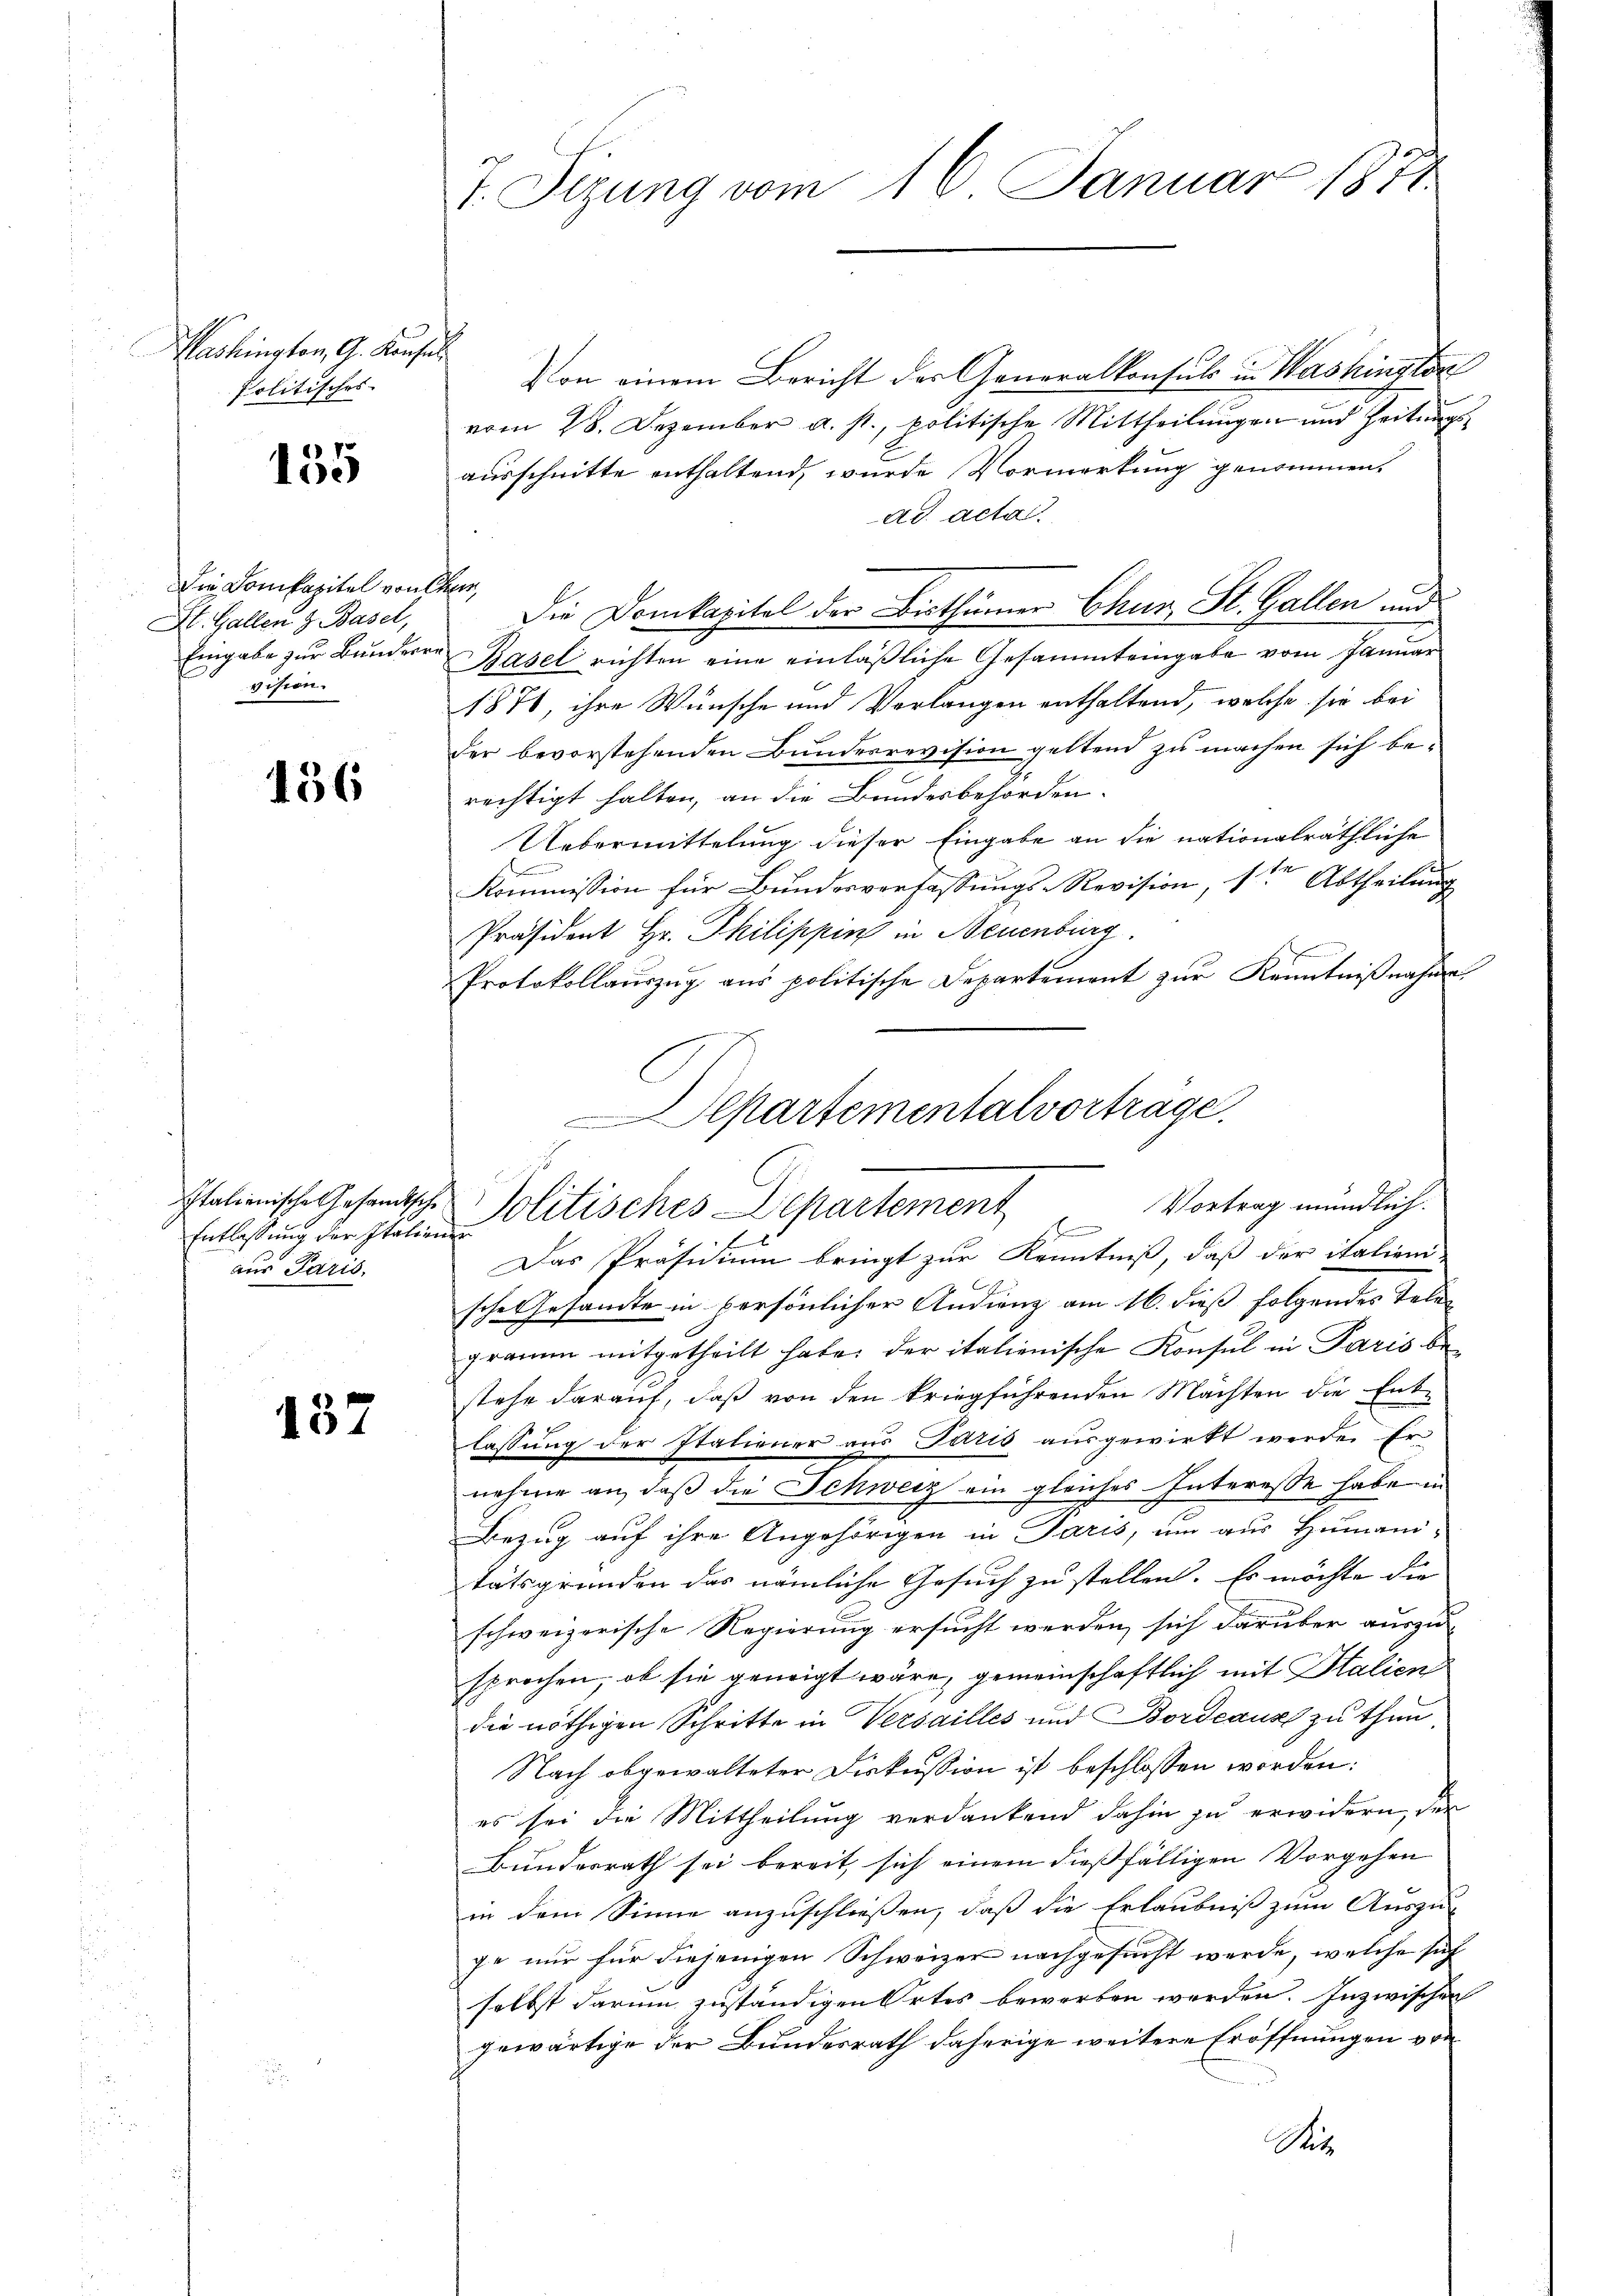
Mashington, G. Konsul
politisches |

155

Die Domkapitel von Ehen,
St. Gallen z. Basel,
vision.

136

Italienische Gesandtsche
Entlassung der Italien
aus Paris.

137

7. Sizung vom 16. Januar 1871

Von einem Bericht der Generalkonsuls in Washington
vom 28. Dezember a. p., politische Mittheilungen und Zeitung
ausschnitte enthaltend, wurde Vormerkung genommen.
ad acta
Die Domkapital der Bisthümer Chur, St. Gallen und
Eingabe zur Bundere Basel richten eine einläßliche Gesammteingabe vom Januar
1871, ihre Wünsche und Vorlangen enthaltend, welche sie bei
der bevorstehenden Bundesrevision geltend zu machen sich berechtigt halten, an die Bundesbehörden.
Uebermittelung dieser Eingabe an die nationalräthliche
Kommission für Bundesverfassungs-Revision, ster Abtheilung
Präsident Hr. Philippin in Neuenburg
Protokollauszug aus politische Departement zur Kenntnißnahme
epartementalvorträge.

Vortrag mündlich.
Politisches Departement

fe

Das Präsidium bringt zur Kenntniß, daß der italieni-
sche Gesandte in persönlicher Audienz am 16. dieß folgendes Telegramm mitgetheilt habe, der italienische Konsul in Paris be-
stehe darauf, daß von den kriegführenden Mächten die Ent-
lassung der Italiener aus Paris ausgewirkt werden Er
nehme an, daß die Schweiz ein gleiches Interesse habe in
Bezug auf ihre Angehörigen in Paris, um aus Humani-
tätsgründen das nämliche Gesuch zu stellen. Es möchte die
schweizerische Regierung ersucht werden, sich darüber auszu-
sprochen, ob sie geneigt wäre, gemeinschaftlich mit Italien
die nöthigen Schritte in Versailles und Bordeaux zu thun
Nach obgewalteter Diskussion ist beschlossen worden:
es sei die Mittheilung verdankend dahin zu erwidern, der
Bundesrath sei bereit, sich einem dießfälligen Vorgehen
in dem Sinne anzuschließen, daß die Erlaubniß zum Auszu-
ge nur für diejenigen Schweizer nachgesucht werde, welche sich
selbst darum zuständigen Ortes bewerben werden. Inzwischen
gewärtige der Bundesrath daherige weitere Eröffnungen vor
Si